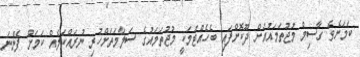
ކަމަށެވެ. ގާސިމް މުޖުތަމައުއަށް ދޫކޮށްފައި ބެހެއްޓުމަކީ މުޖުތަމައުގެ ސަލާމަތަށްހުރި ނުރައްކަލެއް ކަމަށް ފެންނަ